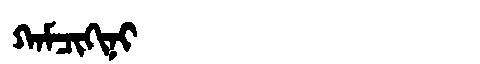
Manchu: ᡴᠠᠮᠴᡳᡴᡳᠨᡳ
Romanization: KAMCIKINI